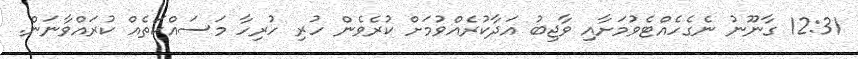
12:31 ގާނޫނު ނެގެހެއްޓެވުމަށާއި ވާޖިބު އަދާކުރެއްވުމަށް ކުރެވެން ހުރި ހުރިހާ މަސައްކަތެއް ކުރައްވާނަން.